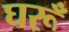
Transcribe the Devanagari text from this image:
घरूँ